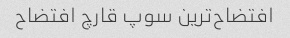
افتضاح‌ترین سوپ قارچ افتضاح